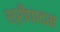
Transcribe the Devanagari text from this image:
श्रीपादम